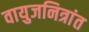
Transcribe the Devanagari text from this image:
वायुजनित्रांत